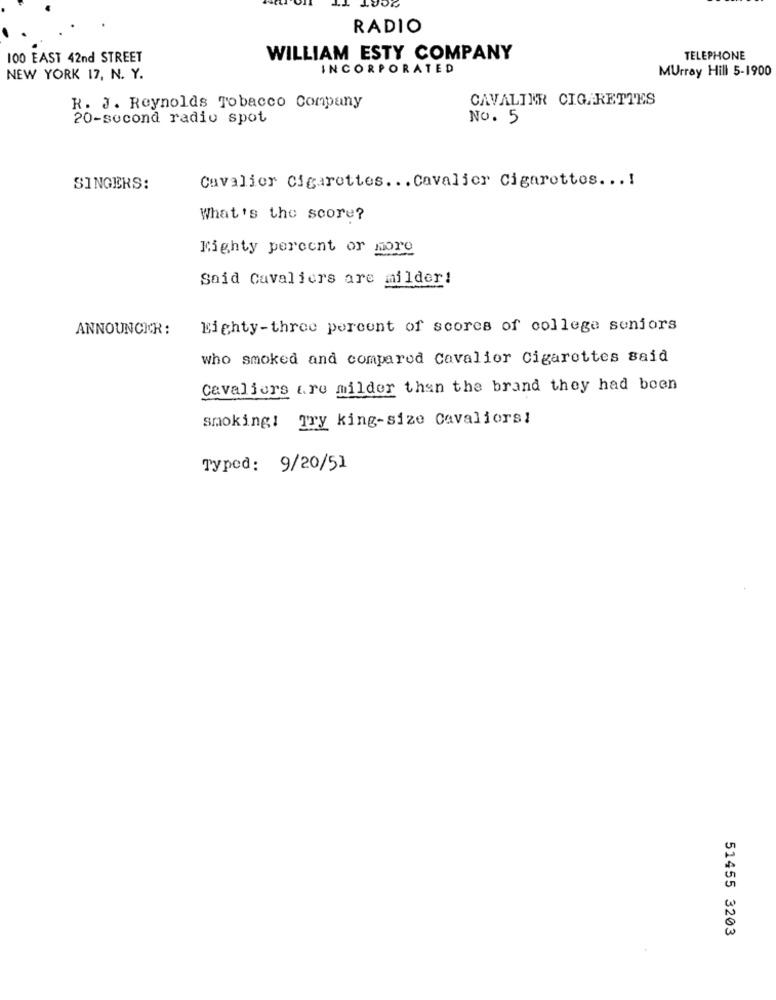
RADIO
100 EAST 42nd STREET
WILLIAM ESTY COMPANY
TELEPHONE
INCORPORATED
Murray Hill 5-1900
NEW YORK 17, N. Y.
CAVALIER CIGARETTES
R. J. Reynolds Tobacco Company
20-second radio spot
No. 5
Cavalier Cigarettes ... Cavalier Cigarettes .. .!
SINGERS:
What's the score?
Eighty percent or more
Said Cavaliers are milder!
ANNOUNCER:
Eighty-three percent of scores of college seniors
who smoked and compared Cavalier Cigarettes said
Cavaliers &ro milder than the brand they had been
smoking: gry king-size Cavaliers!
Typed: 9/20/51
51455 3203